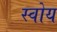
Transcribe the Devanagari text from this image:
स्वोय